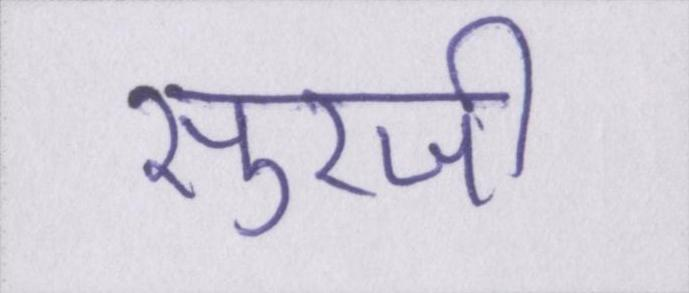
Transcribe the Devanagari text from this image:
सुरजी